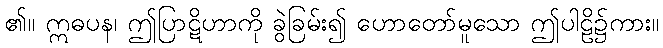
၏။ ဣဓပန၊ ဤပြာဋိဟာကို ခွဲခြမ်း၍ ဟောတော်မူသော ဤပါဠိ၌ကား။